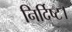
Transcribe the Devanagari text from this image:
निर्दिष्ट।